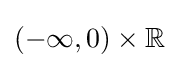
(-\infty ,0)\times \mathbb {R}